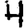
Digit: 4